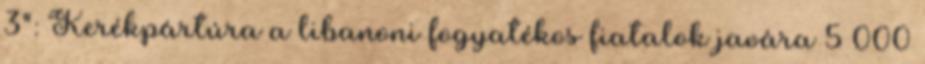
3": Kerékpártúra a libanoni fogyatékos fiatalok javára 5 000